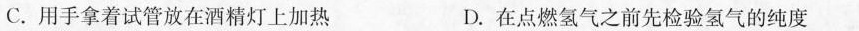
C.用手拿着试管放在酒精灯上加热 D.在点燃氢气之前先检验氢气的纯度